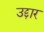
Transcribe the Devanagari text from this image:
उद्दार